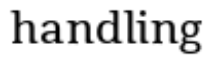
handling